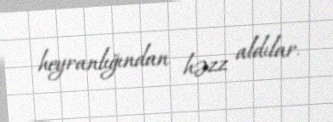
heyranlığından həzz aldılar.